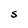
Character: S